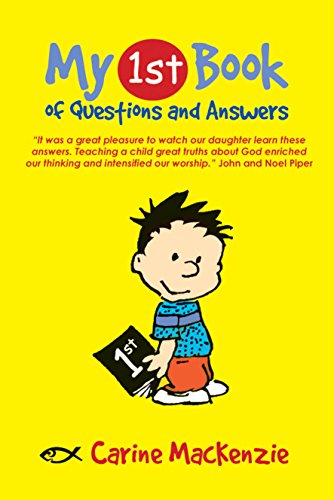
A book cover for My First Book of Questions and Answers (Bible Teaching); Carine MacKenzie; Christian Books & Bibles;